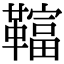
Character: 𩍏